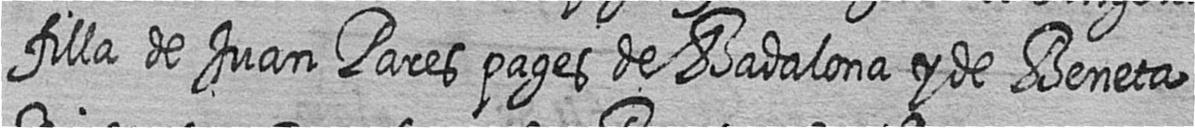
filla de Juan Pares pages de Badalona y de Beneta